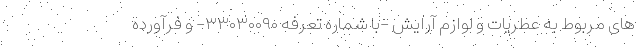
های مربوط به عطریات و لوازم آرایش -با شماره تعرفه ۳۳۰۳۰۰۹۰- و فرآورده